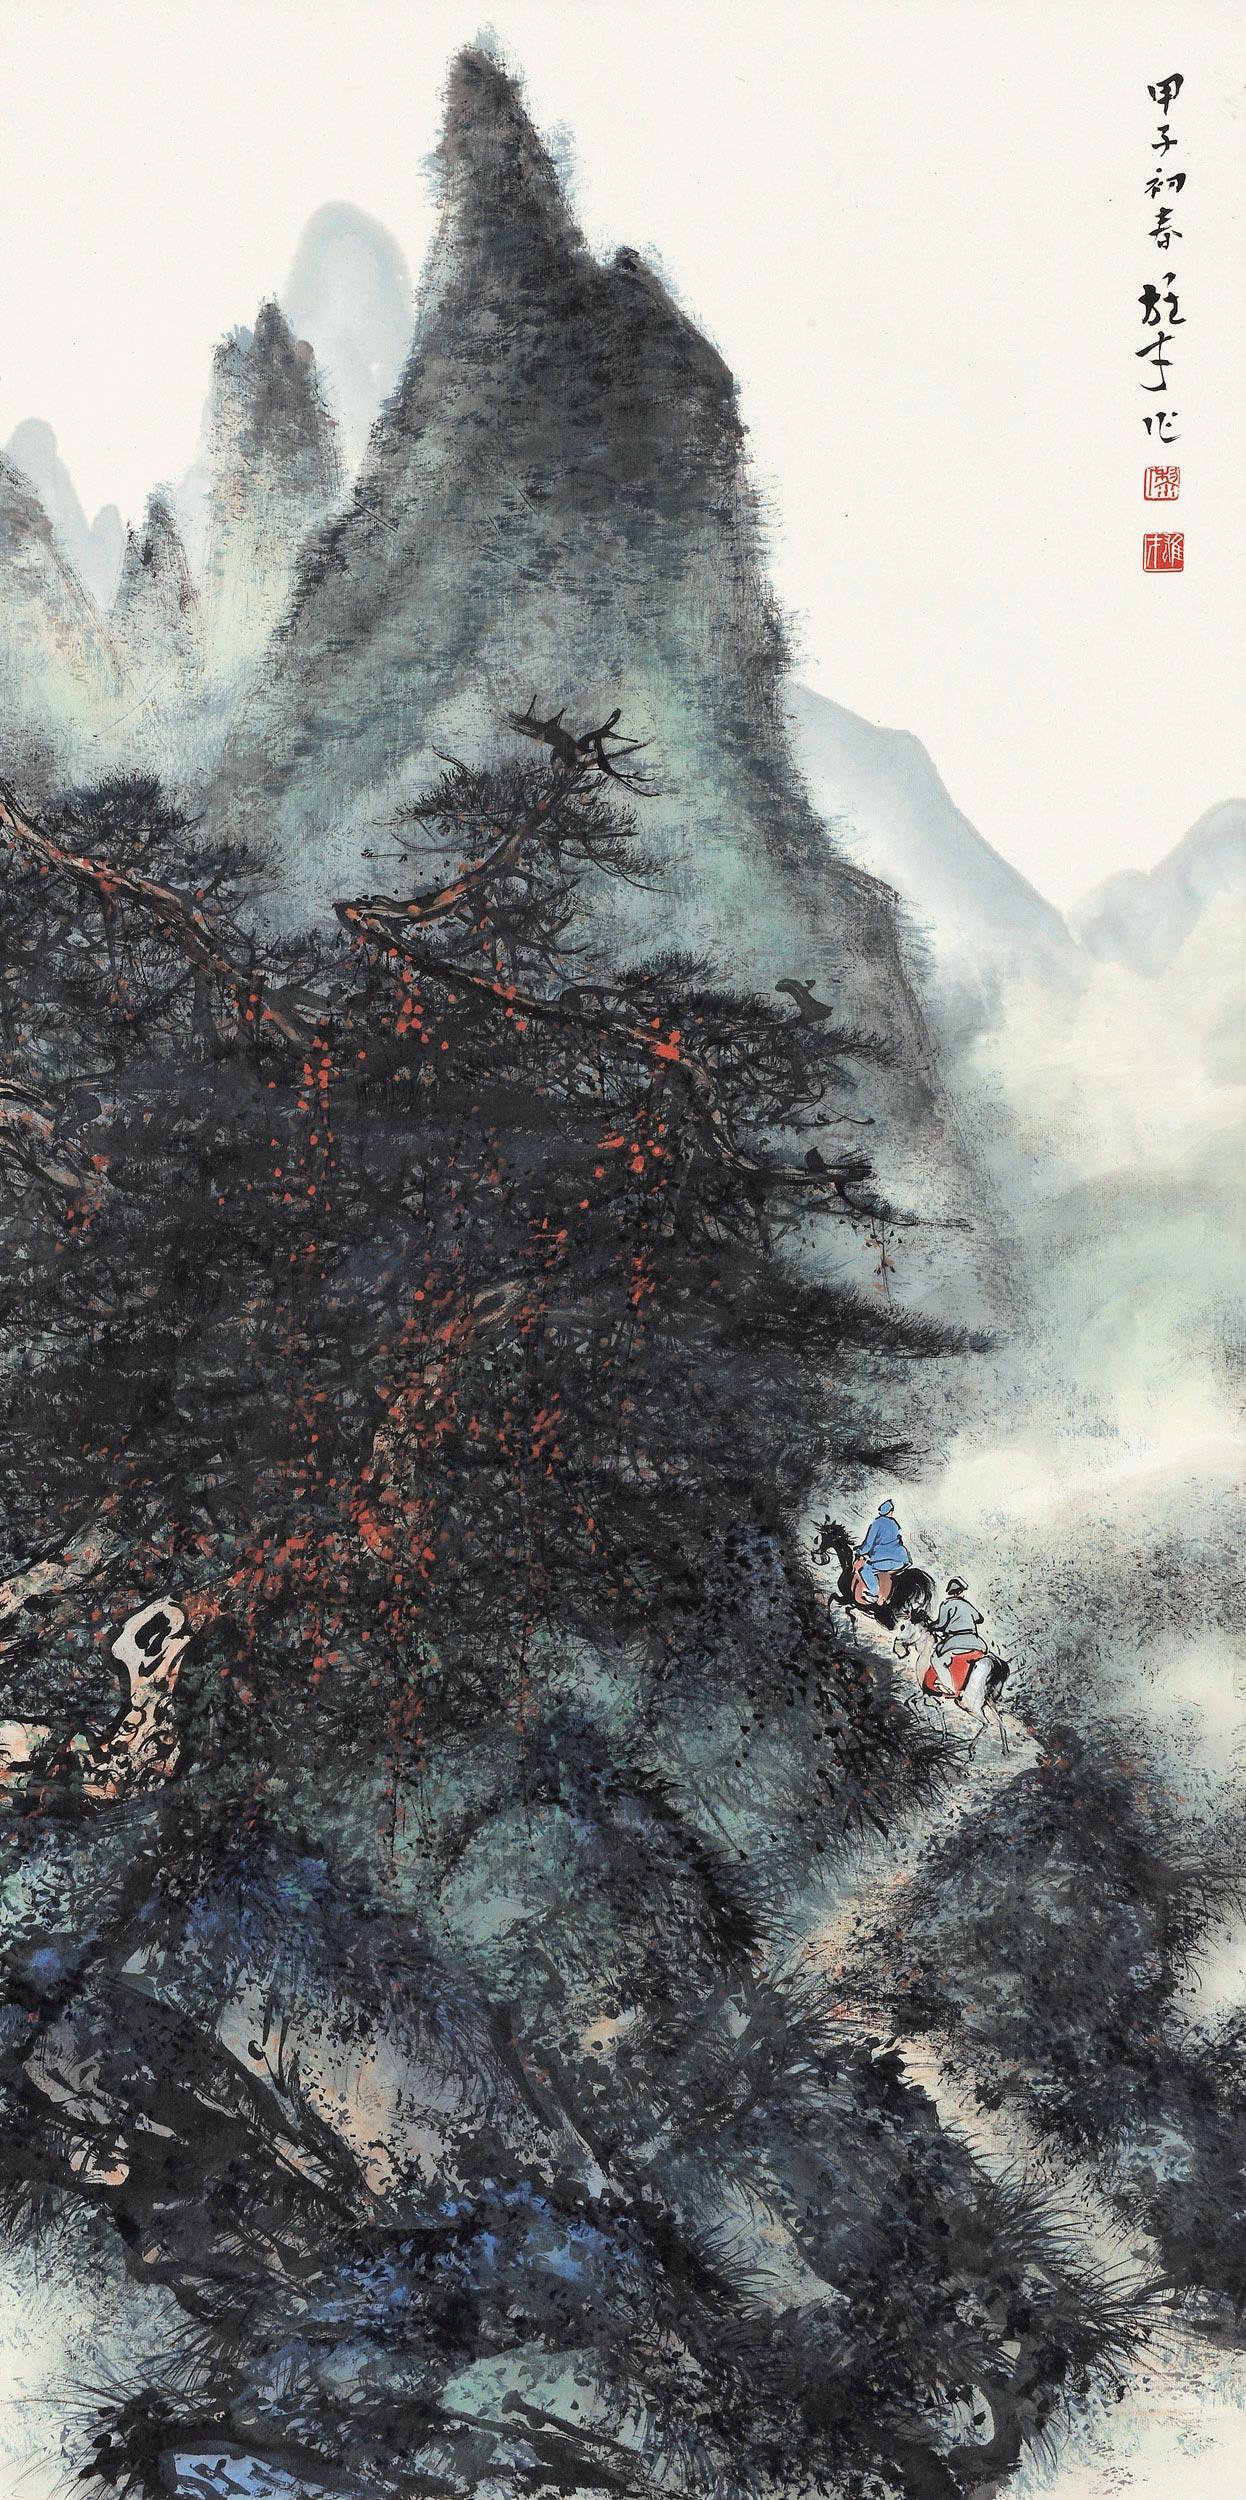
山从人面起，云傍马头生。